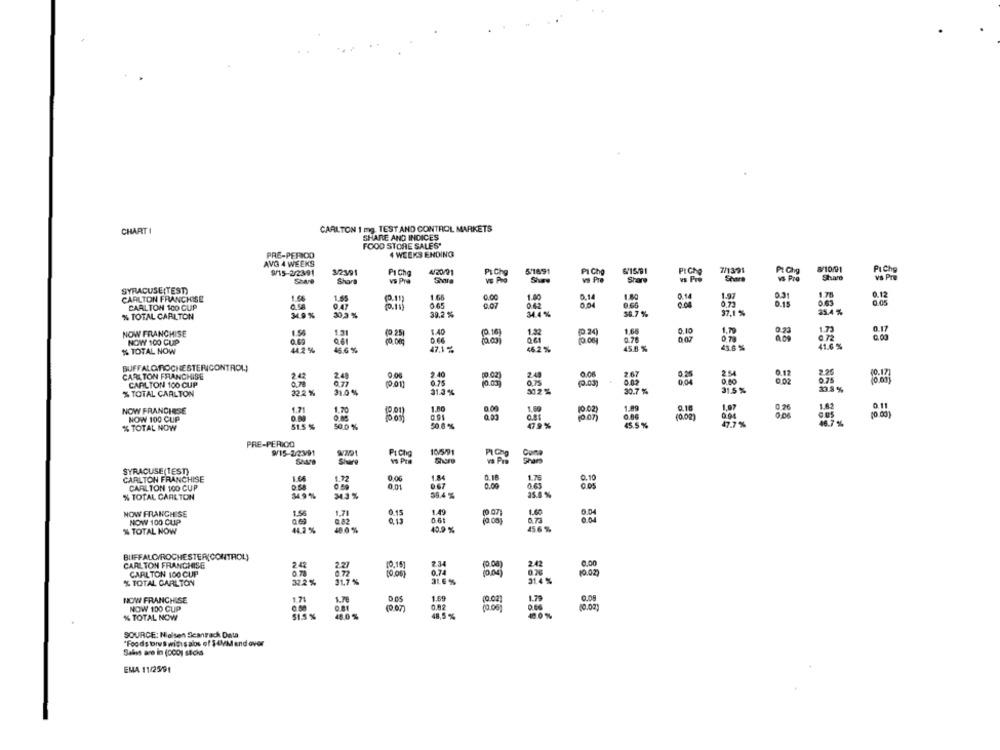
CHART I
CARLTON 1 mg. TEST AND CONTROL MARKETS
SHARE AND INDICES
FOOD STORE SALES'
PRE-PERIOD
4 WEEKS ENDING
AVG 4 WEEKS
3/2191
4/20/21
5/1891
PI Chp
8/10/91
Pi Che
Pi Chg
Pi Cihg
VO PTO
PICH
z391
Share
Vs Pro
Share
VS Pra
Share
SYRACUSE(TEST)
0.12
CARLTON FRANCHISE
1.5
1 .65
1.80
0,14
0.14
1.97
0.05
CARLTON 100 CUP
0.47
0.65
0.07
0.42
065
0.04
0.75
% TOTAL CARLTON
3.9 %
30,3 %
30.2 %
34.4 %
36.7 %
37,1%
1.40
(016)
1.2
1.65
NOW FRANCHISE
1.31
P.25
NOW 100 CUP
0.61
0.61
41.69
% TOTAL NOW
44.2 %
46.6 %
47.1 %
46.2%
45.8 %
BUFFALOTIOCHESTERICONTROL)
CARLTON FRANCHISE
2.42
2.49
0.00
2.40
0.02)
2.40
2 67
2.54
40.17
07
6.75
0.75
(0.03)
CARLTON 100 CUP
31.0 %
31.3 %
312%
30.7 %
31.5 %
33.8 %
% TOTAL CARLTON
32.2 %
1.62
0.11
NOW FRANCHISE
1.71
1.70
0.00
10.02)
1.89
0.10
1,97
0.26
aus
NOW 100 CUP
(0.07)
9.84
(0.02)
% TOTAL NOW
51.5 %
50.0 %
50.6 %
47.9 %
45.5 %
47.7 %
46.7 %
PRE-PERIOO
10/5/91
9/15-22391
Pt Che
PI Chg
Cuma
Share
vs Pre
Share
va Pra
SYRACUSE(TEST)
CARLTON FRANCHISE
1.66
1.72
0.06
1.84
0.18
1.76
0,10
CARLTON 100 CUP
0.01
0 67
0.00
% TOTAL CARLTON
34.9 %
343 %
59.4 %
35.0 %%
1.71
1.49
NOW FRANCHISE
0.61
0.04
NOW 100 CUP
0.69
0.82
0.73
% TOTAL NOW
14.2 %
48.0 %
40.9 %
45.6 %
BUFFALO/ROCHESTER(CONTROL)
2.48
10.15
7.34
2.42
0,00
CARLTON FRANCHISE
227
0.74
CARLTON 100 CUP
0.7
0.72
(0.06)
(0.02)
% TOTAL CARLTON
32.2 %
31,7 %
31.6 %
31.4 %
NOW FRANCHISE
1.71
1.78
1.60
(0.02)
1.79
0.09
NOW 100 CUP
(0.07)
0.02
(0.06)
(0.02)
% TOTAL NOW
$1.5 %
48.0 %
48,5 %
40.0 %
SOURCE: Nielsen Scantrack Data
"Foods brus wigis alos of $4MM and over
Sales are in (000) sticks
EMA 11/25/91